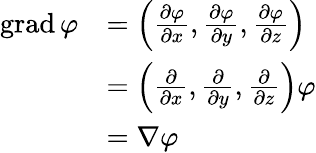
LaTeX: {\begin{array}{rl}{\operatorname{grad}\varphi}&{=\left({\frac{\partial\varphi}{\partial x}},{\frac{\partial\varphi}{\partial y}},{\frac{\partial\varphi}{\partial z}}\right)}\\ &{=\left({\frac{\partial}{\partial x}},{\frac{\partial}{\partial y}},{\frac{\partial}{\partial z}}\right)\varphi}\\ &{=\nabla\varphi}\end{array}}